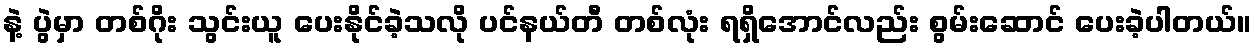
နဲ့ ပွဲမှာ တစ်ဂိုး သွင်းယူ ပေးနိုင်ခဲ့သလို ပင်နယ်တီ တစ်လုံး ရရှိအောင်လည်း စွမ်းဆောင် ပေးခဲ့ပါတယ်။